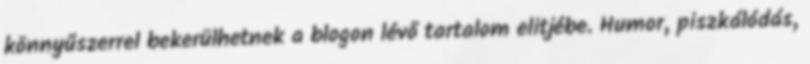
könnyűszerrel bekerülhetnek a blogon lévő tartalom elitjébe. Humor, piszkálódás,